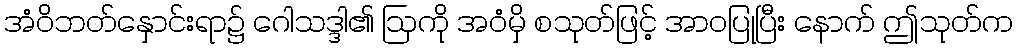
အံဝိဘတ်နှောင်းရာ၌ ဂေါသဒ္ဒါ၏ ဩကို အဝံမှိ စသုတ်ဖြင့် အာဝပြုပြီး နောက် ဤသုတ်က